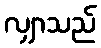
လျှာသည်